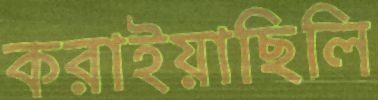
করাইয়াছিলি